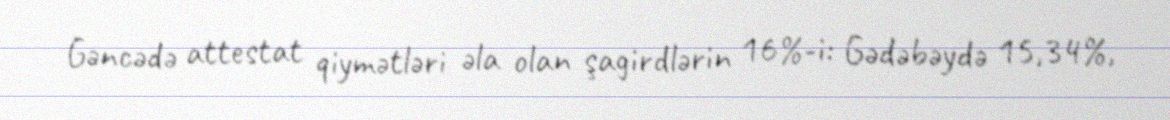
Gəncədə attestat qiymətləri əla olan şagirdlərin 16%-i: Gədəbəydə 15,34%,